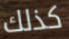
كذلك